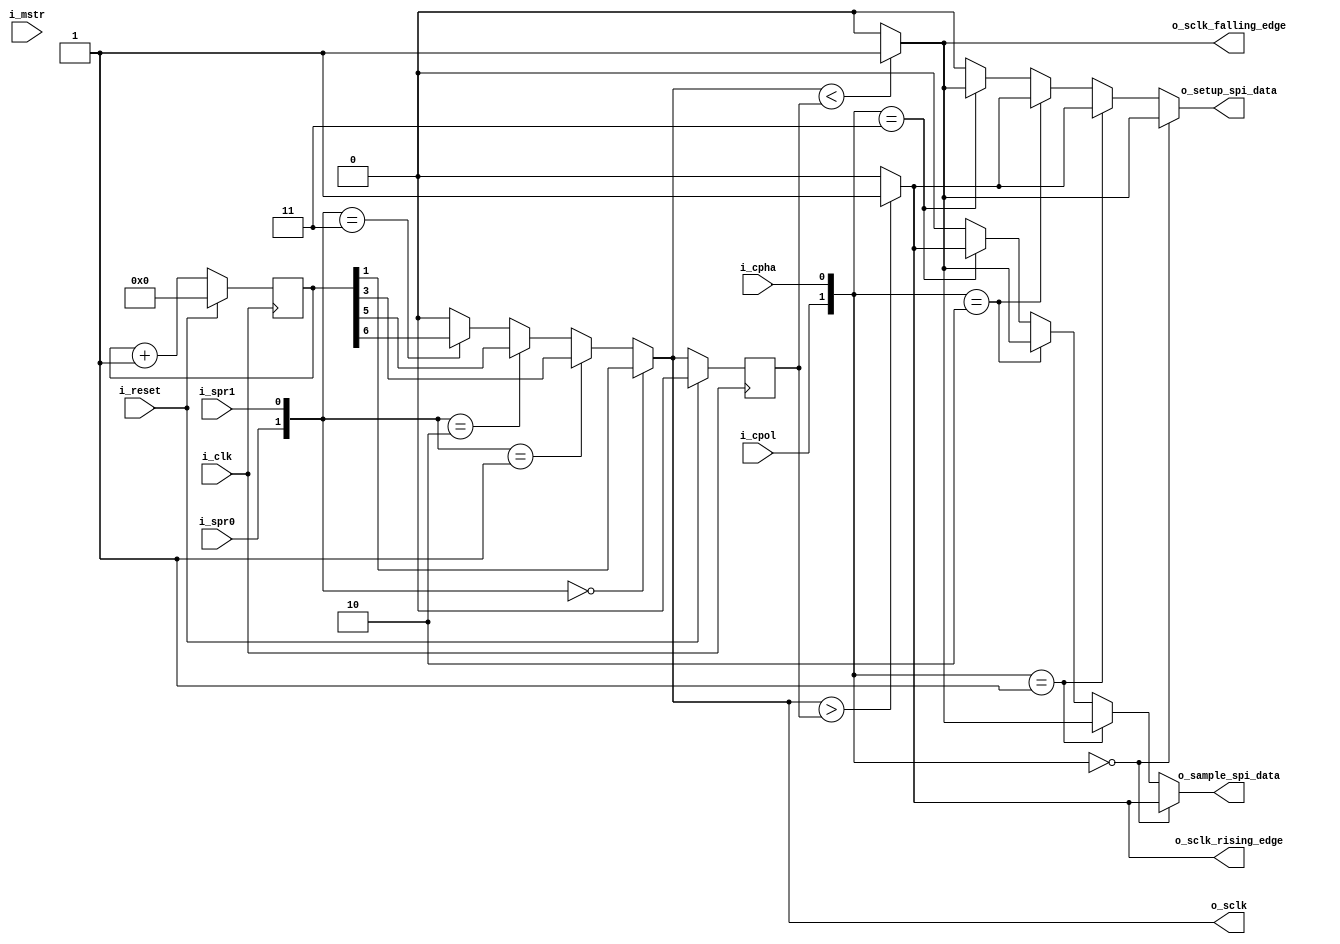

module spi_clock_generator(
//CLK
    // i_clk is the system clock (10-200MHz)
    input   i_clk,
//RST
    // i_reset is the system reset. This is a active high signal.
    //      '1' : reset is active
    input   i_reset,
    
//Controll inputs from registers
    input   i_spr0,
    input   i_spr1,
    input   i_cpol,
    input   i_cpha,
    input   i_mstr,
    
// Controll output to other logic
    // o_sclk: This is the SPI clock. The polarity based on the i_cpol
    //          The frequency is derived by i_spr0 and i_spr1
    output  o_sclk,
    // o_sclk_rising_edge: is active one sys clk long at the rising edge of
    //      the sclk.
    output  o_sclk_rising_edge,
    // o_sclk_falling_edge: is active one sys clk long at the falling edge of
    //      the sclk.
    output  o_sclk_falling_edge,
    // o_sample_spi_data: is active one sys clk long at an edge of the spi slck
    //      i_cpha and i_cpol describe if it is the rising or the falling edge.
    output  o_sample_spi_data,
    // o_setup_spi_data: is active one sys clk long at an edge of the spi slck
    //      i_cpha and i_cpol describe if it is the rising or the falling edge.
    //      Note that this is the alter edge than o_sample_spi_data
    output  o_setup_spi_data
    
    );
    
    // The spi clock counter. The max value is depends on the frequency which
    // derived by i_spr0 and i_spr1 
    reg [6:0] q_spi_sclk_cntr;
	wire w_sclk_internal;
	wire [1:0]w_clk_select;
	reg q_sclk_internal_d1;     //alwaysbe reg, d1->eggyel kesleltetett
	wire w_sclk_rising_edge_internal;
	wire w_sclk_falling_edge_internal;
	wire w_sample_spi_data_internal;
	wire w_setup_spi_data;
	wire [1:0] w_sample_setup_select;

    
	always @(posedge i_clk) begin : SCLK_CNTR
		if (i_reset) begin
			q_spi_sclk_cntr <= 7'b0 ;
		end else  begin
			q_spi_sclk_cntr <= q_spi_sclk_cntr + 1;
		end
	end	
	
	assign w_clk_select={i_spr0,i_spr1};
	
	assign w_sclk_internal = (w_clk_select==0) ? q_spi_sclk_cntr[1] :
							 (w_clk_select==1) ? q_spi_sclk_cntr[3] :
							 (w_clk_select==2) ? q_spi_sclk_cntr[5] :
							 (w_clk_select==3) ? q_spi_sclk_cntr[6] :
							  0; // soha nem jut ide
							  
	assign o_sclk = w_sclk_internal;	
	
	always @(posedge i_clk) begin : SCLK_EDGE_DETECT
		if (i_reset) begin
			q_sclk_internal_d1<=0;
		end
		else begin 
			q_sclk_internal_d1 <=w_sclk_internal;
		end
	end
	
	//felfuto el
	assign w_sclk_rising_edge_internal = (w_sclk_internal > q_sclk_internal_d1) ? 1:
										 0;												//ha nagyobb az aktualis, mint az elozo ->felfuto
										 
	assign o_sclk_rising_edge = w_sclk_rising_edge_internal;
	
	//lefuto el
	assign w_sclk_falling_edge_internal = (w_sclk_internal < q_sclk_internal_d1) ? 1:
										 0;												//ha kisebb ->lefuto

	assign o_sclk_falling_edge = w_sclk_falling_edge_internal;
	
	assign w_sample_setup_select={i_cpol,i_cpha};
	
	//o_sample_spi_data
	assign w_sample_spi_data_internal = (w_sample_setup_select==0) ? w_sclk_rising_edge_internal:
										(w_sample_setup_select==1) ? w_sclk_falling_edge_internal:
										(w_sample_setup_select==2) ? w_sclk_falling_edge_internal:
										(w_sample_setup_select==3) ? w_sclk_rising_edge_internal:
										0;
	
	assign o_sample_spi_data = w_sample_spi_data_internal;
	
	//o_setup_spi_data
	assign w_setup_spi_data = 	(w_sample_setup_select==0) ? w_sclk_falling_edge_internal:
								(w_sample_setup_select==1) ? w_sclk_rising_edge_internal:
								(w_sample_setup_select==2) ? w_sclk_rising_edge_internal:
								(w_sample_setup_select==3) ? w_sclk_falling_edge_internal:
								0;
								
	assign o_setup_spi_data = w_setup_spi_data;
	
    // -- TODO --
    
    
endmodule